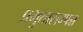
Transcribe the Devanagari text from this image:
प्रभुतासम्पन्न